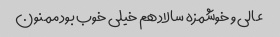
عالی و خوشمزه سالاد هم خیلی خوب بود ممنون